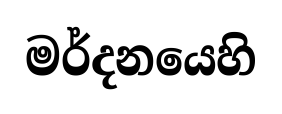
මර්දනයෙහි